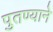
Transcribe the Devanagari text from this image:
पुतण्याने